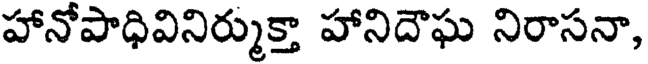
హానోపాధివినిర్ముక్తా హానిదౌఘ నిరాసనా,